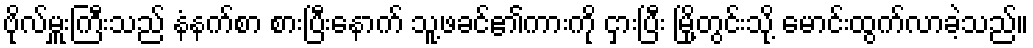
ဗိုလ်မှူးကြီးသည် နံနက်စာ စားပြီးနောက် သူ့ဖခင်၏ကားကို ငှားပြီး မြို့တွင်းသို့ မောင်းထွက်လာခဲ့သည်။